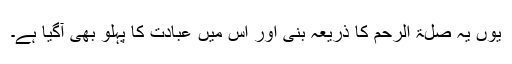
یوں یہ صلۃ الرحم کا ذریعہ بنی اور اس میں عبادت کا پہلو بھی آگیا ہے۔